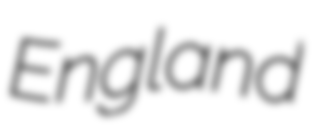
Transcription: England